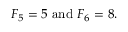
F _ { 5 } = 5 { \mathrm { ~ a n d ~ } } F _ { 6 } = 8 .